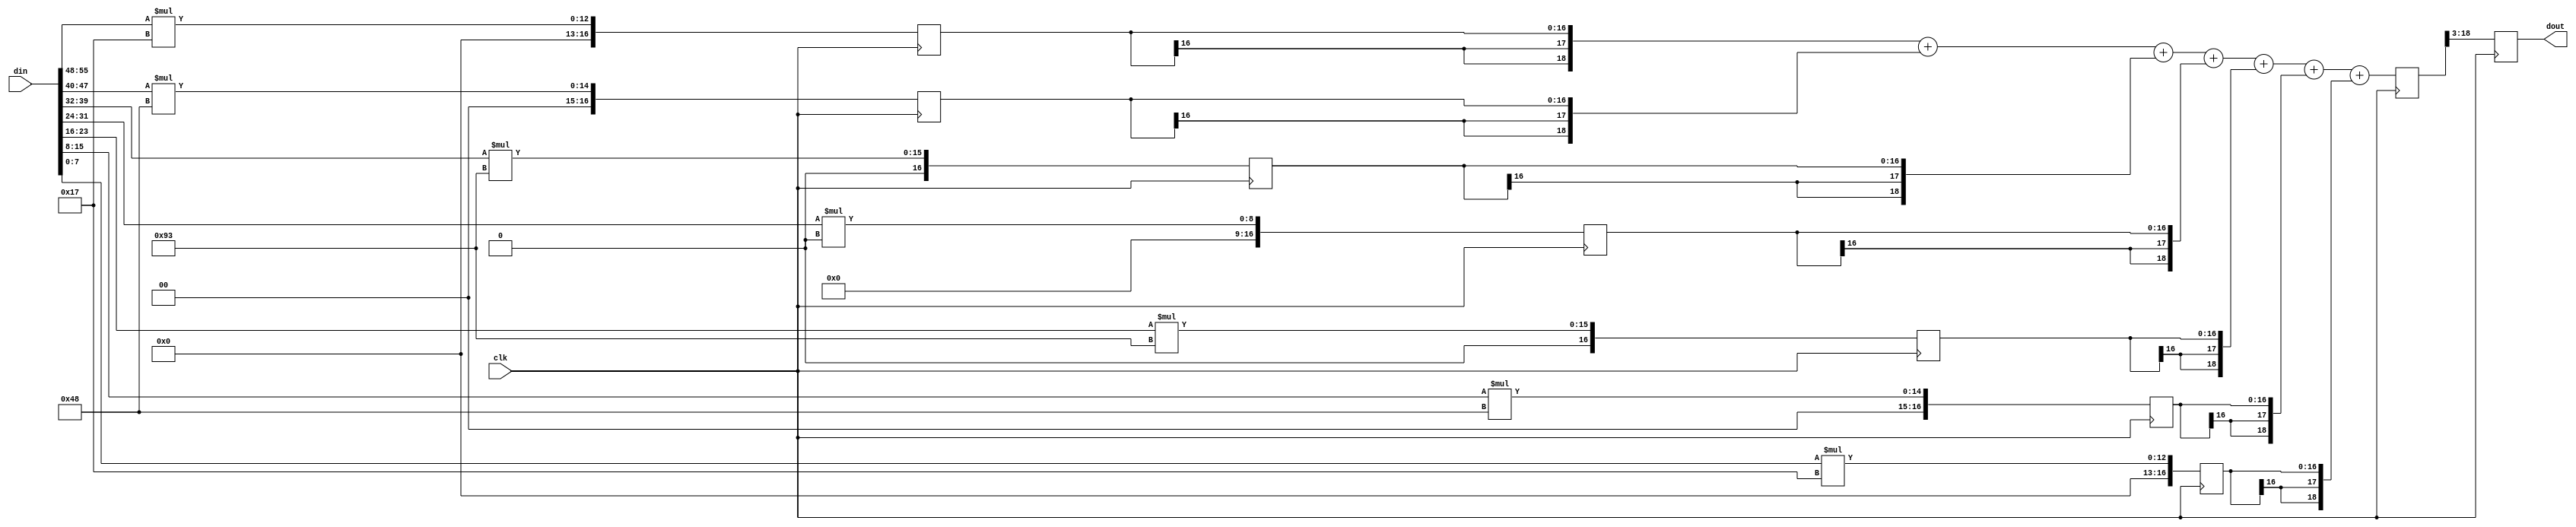
	`define WIDTH_4B 4'b1000
`define COEF0_b  29
	`define COEF1_b  101
//	`define COEF2_b  -15
//	`define COEF3_b  -235
//	`define COEF4_b  -15
	`define COEF2_b  15
	`define COEF3_b  235
	`define COEF4_b  15
	`define COEF5_b  101
	`define COEF6_b  29
	`define WIDTH_5B 5'b10000
	`define COEF0_c  4
	`define COEF1_c  42
	`define COEF2_c  163
	`define COEF3_c  255
	`define COEF4_c  163
	`define COEF5_c  42
	`define COEF6_c  4
//	`define COEF0_d  -12
//	`define COEF1_d  -77
//	`define COEF2_d  -148
	`define COEF0_d  12
	`define COEF1_d  77
	`define COEF2_d  148
	`define COEF3_d  0
	`define COEF4_d  148
	`define COEF5_d  77
	`define COEF6_d  12
	`define COEF0_1  15
//`define COEF0_1  -15
	`define COEF1_1  25
	`define COEF2_1  193
	`define COEF3_1  0
//	`define COEF4_1  -193
//	`define COEF5_1  -25
	`define COEF4_1  193
	`define COEF5_1  25
	`define COEF6_1  15
	`define COEF0_2  4
	`define COEF1_2  42
	`define COEF2_2  163
	`define COEF3_2  255
	`define COEF4_2  163
	`define COEF5_2  42
	`define COEF6_2  4
//	`define COEF0_3  -9
//	`define COEF1_3  -56
//	`define COEF2_3  -109
	`define COEF0_3  9
	`define COEF1_3  56
	`define COEF2_3  109
	`define COEF3_3  0
	`define COEF4_3  109
	`define COEF5_3  56
	`define COEF6_3  9
//	`define COEF0_4  -9
//	`define COEF1_4  -56
//	`define COEF2_4  -109
	`define COEF0_4  9
	`define COEF1_4  56
	`define COEF2_4  109
	`define COEF3_4  0
	`define COEF4_4  109
	`define COEF5_4  56
	`define COEF6_4  9

module fltr_compute_h3 (clk, din, dout);

   input clk; 
   input[55:0] din; 
   output[15:0] dout; 
   reg[15:0] dout;

   reg[16:0] q1; 
   reg[16:0] q2; 
   reg[16:0] q3; 
   reg[16:0] q4; 
   reg[16:0] q5; 
   reg[16:0] q6; 
   reg[16:0] q7; 
   reg[19:0] d_out_tmp; 

   always @(posedge clk)
   begin
			// PAJ - grabbed these from the mult_const declarations
			q1 <= din[55:48] * 5'b10111;
			q2 <= din[47:40] * 7'b1001000;
			q3 <= din[39:32] * 8'b10010011;
			q4 <= din[31:24] * 16'b0000000000000000;
			q5 <= din[23:16] * 8'b10010011;
			q6 <= din[15:8] * 7'b1001000;
			q7 <= din[7:0] * 5'b10111;

          d_out_tmp <= ({q1[16], q1[16], q1[16], q1}) + ({q2[16], q2[16], q2[16], q2}) + ({q3[16], q3[16], q3[16], q3}) + ({q4[16], q4[16], q4[16], q4}) + ({q5[16], q5[16], q5[16], q5}) + ({q6[16], q6[16], q6[16], q6}) + ({q7[16], q7[16], q7[16], q7});
         dout <= d_out_tmp[18:3] ; 
   end 
endmodule